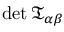
\operatorname* { d e t } { \mathfrak { T } } _ { \alpha \beta }